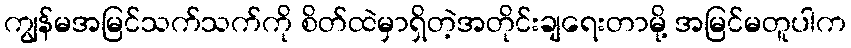
ကျွန်မအမြင်သက်သက်ကို စိတ်ထဲမှာရှိတဲ့အတိုင်းချရေးတာမို့ အမြင်မတူပါက